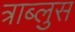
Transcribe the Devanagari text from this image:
त्राब्लुस